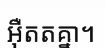
អ៊ឺតតគ្នា។